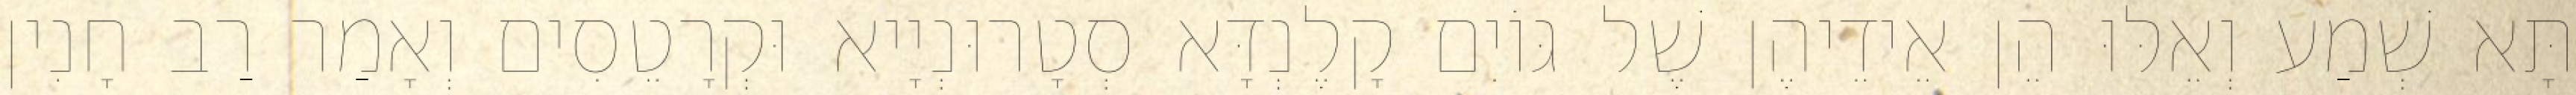
תָּא שְׁמַע וְאֵלּוּ הֵן אֵידֵיהֶן שֶׁל גּוֹיִם קָלֶנְדָּא סְטָרוּנְיָיא וּקְרָטֵסִים וְאָמַר רַב חָנִין